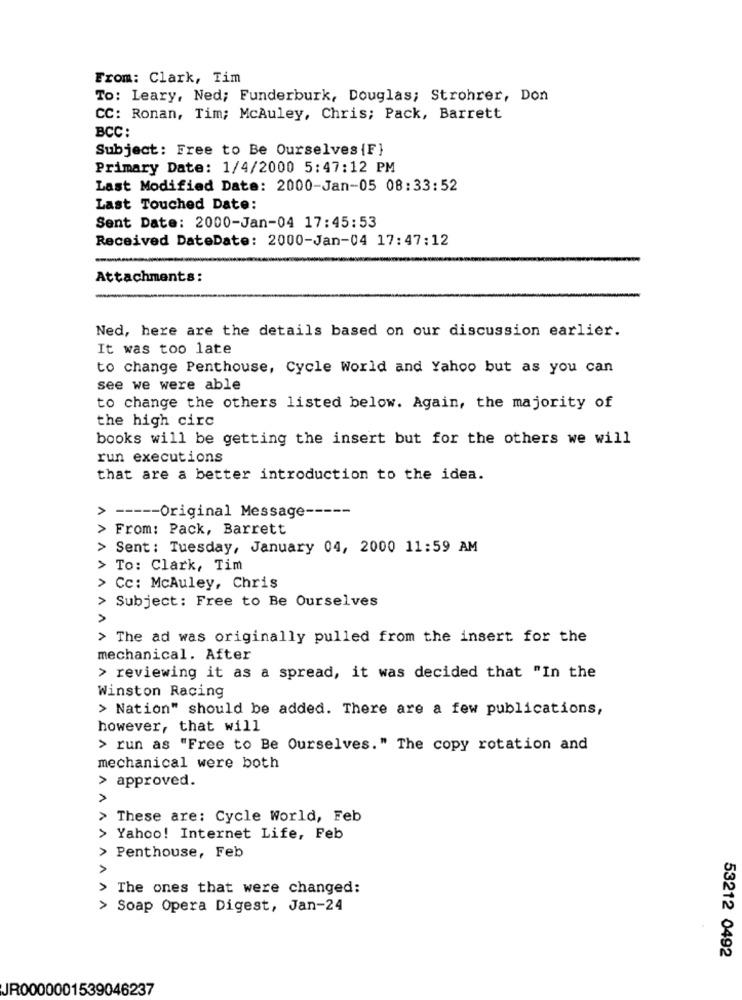
From: Clark, Tim
To: Leary, Ned; Funderburk, Douglas; Strohrer, Don
CC: Ronan, Tim; McAuley, Chris; Pack, Barrett
BCC:
Subject: Free to Be Ourselves {F}
Primary Date: 1/4/2000 5:47:12 PM
Last Modified Date: 2000-Jan-05 08:33:52
Last Touched Date:
Sent Date: 2000-Jan-04 17:45:53
Received DateDate: 2000-Jan-04 17:47:12
Attachments:
Ned, here are the details based on our discussion earlier.
It was too late
to change Penthouse, Cycle World and Yahoo but as you can
see we were able
to change the others listed below. Again, the majority of
the high circ
books will be getting the insert but for the others we will
run executions
that are a better introduction to the idea.
----- Original Message -----
>
From: Pack, Barrett
> Sent: Tuesday, January 04, 2000 11:59 AM
> To: Clark, Tim
> Cc: McAuley, Chris
> Subject: Free to Be Ourselves
>
> The ad was originally pulled from the insert for the
mechanical. After
> reviewing it as a spread, it was decided that "In the
Winston Racing
> Nation" should be added. There are a few publications,
however, that will
> run as "Free to Be Ourselves." The copy rotation and
mechanical were both
> approved.
> These are: Cycle World, Feb
> Yahoo! Internet Life, Feb
> Penthouse, Feb
> The ones that were changed:
> Soap Opera Digest, Jan-24
AAAA
53212 0492
JR0000001539046237